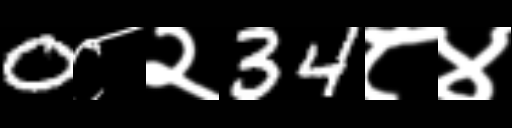
Text: 0८२34८४